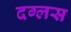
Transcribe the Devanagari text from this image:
दग्लस